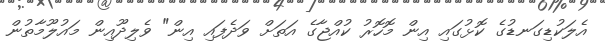
އެލަކުޑިގަނޑުގެ ކޮޅުގައި އިން މޮހޮރު ކުއްޖާގެ އަތަށް ވަދެފައި އިން" ވެލިދޫއިން މައުލޫމާތުން